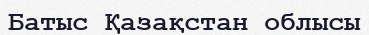
Батыс Қазақстан облысы